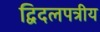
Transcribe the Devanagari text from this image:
द्विदलपत्रीय